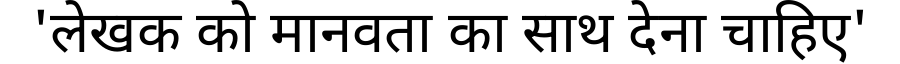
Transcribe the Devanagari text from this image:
'लेखक को मानवता का साथ देना चाहिए'